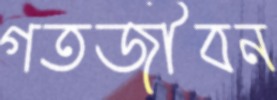
গতজীবন